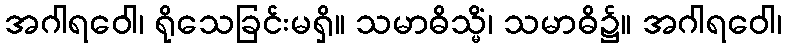
အဂါရဝေါ၊ ရိုသေခြင်းမရှိ။ သမာဓိသ္မိံ၊ သမာဓိ၌။ အဂါရဝေါ၊